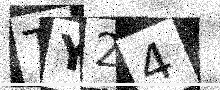
Text: TY24